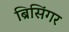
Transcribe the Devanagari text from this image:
ब्रिसिंगर